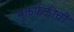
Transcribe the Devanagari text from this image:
मुक्तफेकीची